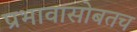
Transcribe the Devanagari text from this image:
प्रभावासोबतच